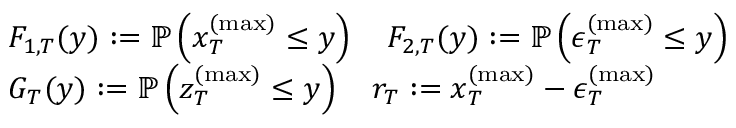
\begin{array} { r l } & { F _ { 1 , T } ( y ) : = \mathbb { P } \left( x _ { T } ^ { ( \operatorname* { m a x } ) } \leq y \right) \quad F _ { 2 , T } ( y ) : = \mathbb { P } \left( \epsilon _ { T } ^ { ( \operatorname* { m a x } ) } \leq y \right) } \\ & { G _ { T } ( y ) : = \mathbb { P } \left( z _ { T } ^ { ( \operatorname* { m a x } ) } \leq y \right) \quad r _ { T } : = x _ { T } ^ { ( \operatorname* { m a x } ) } - \epsilon _ { T } ^ { ( \operatorname* { m a x } ) } } \end{array}